Medical and sanitary report of the native army of Madras for the year
Year: 1877
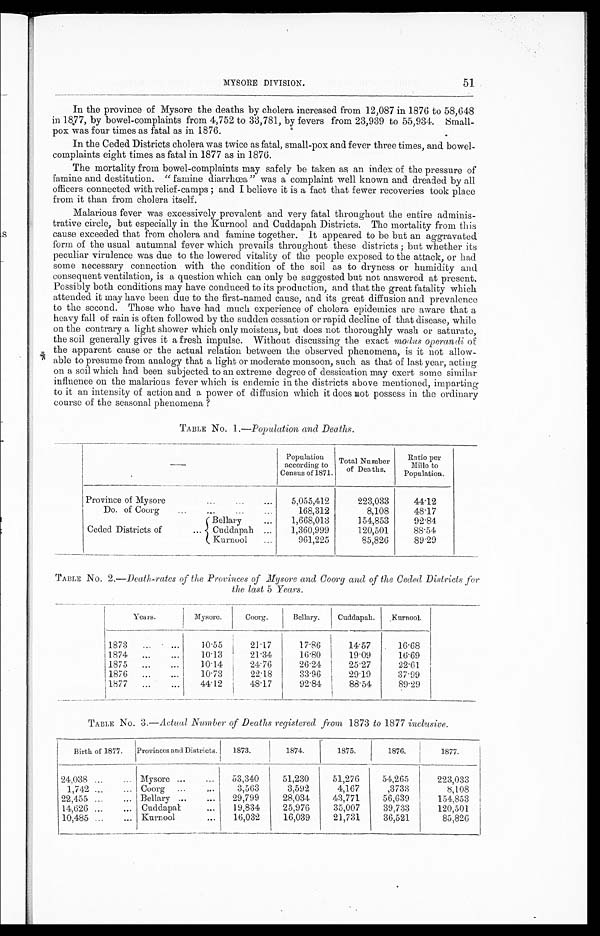
51
MYSORE DIVISION.
In the province of Mysore the deaths by cholera increased from 12,087 in 1876 to 58,648
in 1877, by bowel-complaints from 4,752 to 33,781, by fevers from 23,939 to 55,934. Small-
pox was four times as fatal as in 1876.
In the Ceded Districts cholera was twice as fatal, small-pox and fever three times, and bowel-
complaints eight times as fatal in 1877 as in 1876.
The mortality from bowel-complaints may safely be taken as an index of the pressure of
famine and destitution. " famine diarrhoea" was a complaint well known and dreaded by all
officers connected with relief-camps ; and I believe it is a fact that fewer recoveries took place
from it than from cholera itself.
Malarious fever was excessively prevalent and very fatal throughout the entire adminis-
trative circle, but especially in the Kurnool and Cuddapah Districts. The mortality from this
cause exceeded that from cholera and famine together. It appeared to be but an aggravated.
form of the usual autumnal fever which prevails throughout these districts ; but whether its
peculiar virulence was due to the lowered vitality of the people exposed to the attack, or had
some necessary connection with the condition of the soil as to dryness or humidity and
consequent ventilation, is a question which can only be suggested but not answered at present.
Possibly both conditions may have conduced to its production, and that the great fatality which
attended it may have been due to the first-named cause, and its great diffusion and prevalence
to the second. Those who have had much experience of cholera epidemics are aware that a
heavy fall of rain is often followed by the sudden cessation or rapid decline of that disease, while
on the contrary a light shower which only moistens, but does not thoroughly wash or saturate,
the soil generally gives it a fresh impulse. Without discussing the exact modes operandi of
the apparent cause or the actual relation between the observed phenomena, is it not allow-
able to presume from analogy that a light or moderate monsoon, such as that of last year, acting
on a soil which had been subjected to an extreme degree of dessication may exert some similar
influence on the malarious fever which is endemic in the districts above mentioned, imparting
to it an intensity of action and a power of diffusion which it does not possess in the ordinary
course of the seasonal phenomena ?
TABLE No . 1.—Population and Deaths.
Population
according. to
Census of 1871.
Total Nu mber
of Deaths.
Ratio per
Mille to
Population.
Province of Mysore
...
...
...
5,055,412
223,033
44.12
Do. of Coorg
...
...
... ...
168,312
8,108
48.17
Bellary
Cuddapah
Kurnool
...
1,668,013
154,853
92.84
Ceded Districts of
...
...
1,360,999
120,501
88.54
...
961,225
85,826
8929
TABLE No. 2.—Death-rates of the Provinces of Mysore and Coorg and of the Ceded Districts for
the last 5 Years.
Years.
Mysore.
Coorg.
Bellary.
Cuddapah.
Kurno ol.
1873
... ...
10 .55
21 . 17
17 . 86
14. 57
16.68
1874
...
...
10.13
21.34
1 6 . 8 0
19.09
16.69
1875
...
...
10.14
24.76
26.24
25 . 27
22.61
1876
...
...
10.73
22.18
33.96
2 9 . 1 9
3 7 . 9 9
1877
...
...
4 4 . 1 2
48. 17
92. 84 .
8 8 . 5 4
8 9 . 2 9
TABILE No. 3.—Actual Number of Deaths registered from 1873 to 1877 inclusive.
Birth of 1877.
Provinces and Districts.
1873.
1874.
1875.
1876.
1877.
24.038 ...
... Mysore ...
...
53,340
51,230
51,276
54,265
223,033
1,742 ...
... Coorg ...
. . .
3,563
3,592
4,167
,3733
8,108
22,455 ...
... Bellary ...
...
29,799
28,034
43,771
56,639
154,853
14,626 ...
... Cuddapal
. . .
19,834
25,976
35,007
39,733
120,501
10,485 ...
... Kurnool
...
16,032
I
16,039
21,731
36,521
85,826